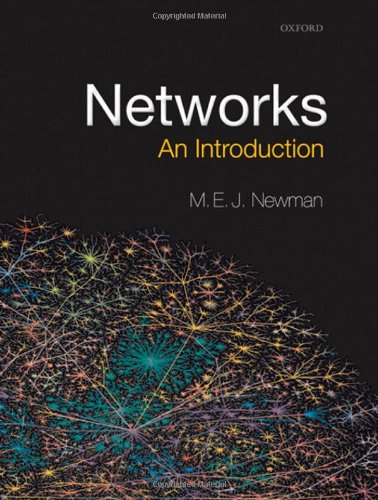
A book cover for Networks: An Introduction; Mark Newman; Science & Math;